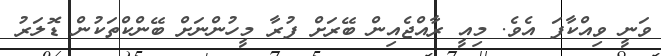
ވަނީ ވިއްކާފަ އެވެ. މިއީ ރާއްޖެއިން ބޭރަށް ފުރާ މީހުންނަށް ބޭންކްތަކުން ޑޮލަރު